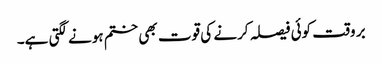
بر وقت کوئی فیصلہ کرنے کی قوت بھی ختم ہونے لگتی ہے۔